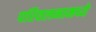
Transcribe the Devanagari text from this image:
परिवलनामध्ये